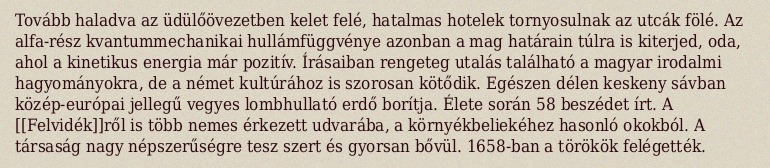
Tovább haladva az üdülőövezetben kelet felé, hatalmas hotelek tornyosulnak az utcák fölé. Az alfa-rész kvantummechanikai hullámfüggvénye azonban a mag határain túlra is kiterjed, oda, ahol a kinetikus energia már pozitív. Írásaiban rengeteg utalás található a magyar irodalmi hagyományokra, de a német kultúrához is szorosan kötődik. Egészen délen keskeny sávban közép-európai jellegű vegyes lombhullató erdő borítja. Élete során 58 beszédet írt. A [[Felvidék]]ről is több nemes érkezett udvarába, a környékbeliekéhez hasonló okokból. A társaság nagy népszerűségre tesz szert és gyorsan bővül. 1658-ban a törökök felégették.